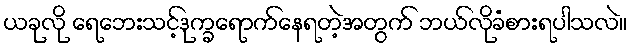
ယခုလို ရေဘေးသင့်ဒုက္ခရောက်နေရတဲ့အတွက် ဘယ်လိုခံစားရပါသလဲ။